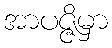
အာပဇ္ဇိမှာ